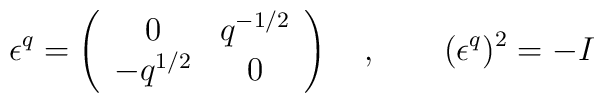
\epsilon^q = \left( \begin{array}{cc}                       0 & q^{-1/2} \\                       -q^{1/2} & 0                     \end{array} \right)  \quad , \qquad( \epsilon^q )^2=-I